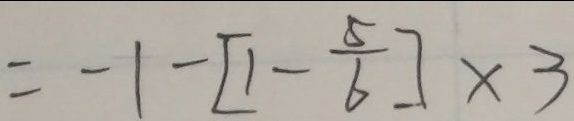
= - 1 - [ 1 - \frac { 5 } { 6 } ] \times 3